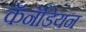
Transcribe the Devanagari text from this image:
कॅनॅडियन